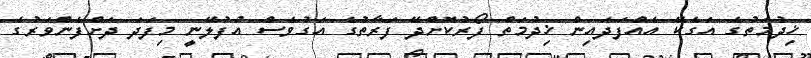
ޚިދުމަތުގެ އަގެކޭ އެއްފަދައިން ޚިދުމަތް ފޯރުކޮށްދޭ ފަރާތުގެ އަގުވެސް އުފުލޭނީ މިފަދަ ދަށްފެންވަރުގެ